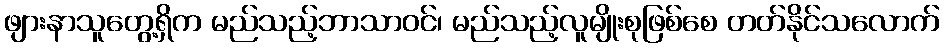
ဖျားနာသူတွေ့ရှိက မည်သည့်ဘာသာဝင်၊ မည်သည့်လူမျိုးစုဖြစ်စေ တတ်နိုင်သလောက်